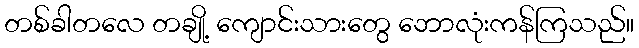
တစ်ခါတလေ တချို့ ကျောင်းသားတွေ ဘောလုံးကန်ကြသည်။